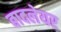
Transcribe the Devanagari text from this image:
बादलेयर